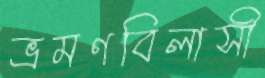
ভ্রমণবিলাসী